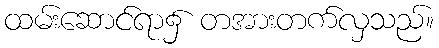
ထမ်းဆောင်ရာ၌ တအားတက်လှသည်။